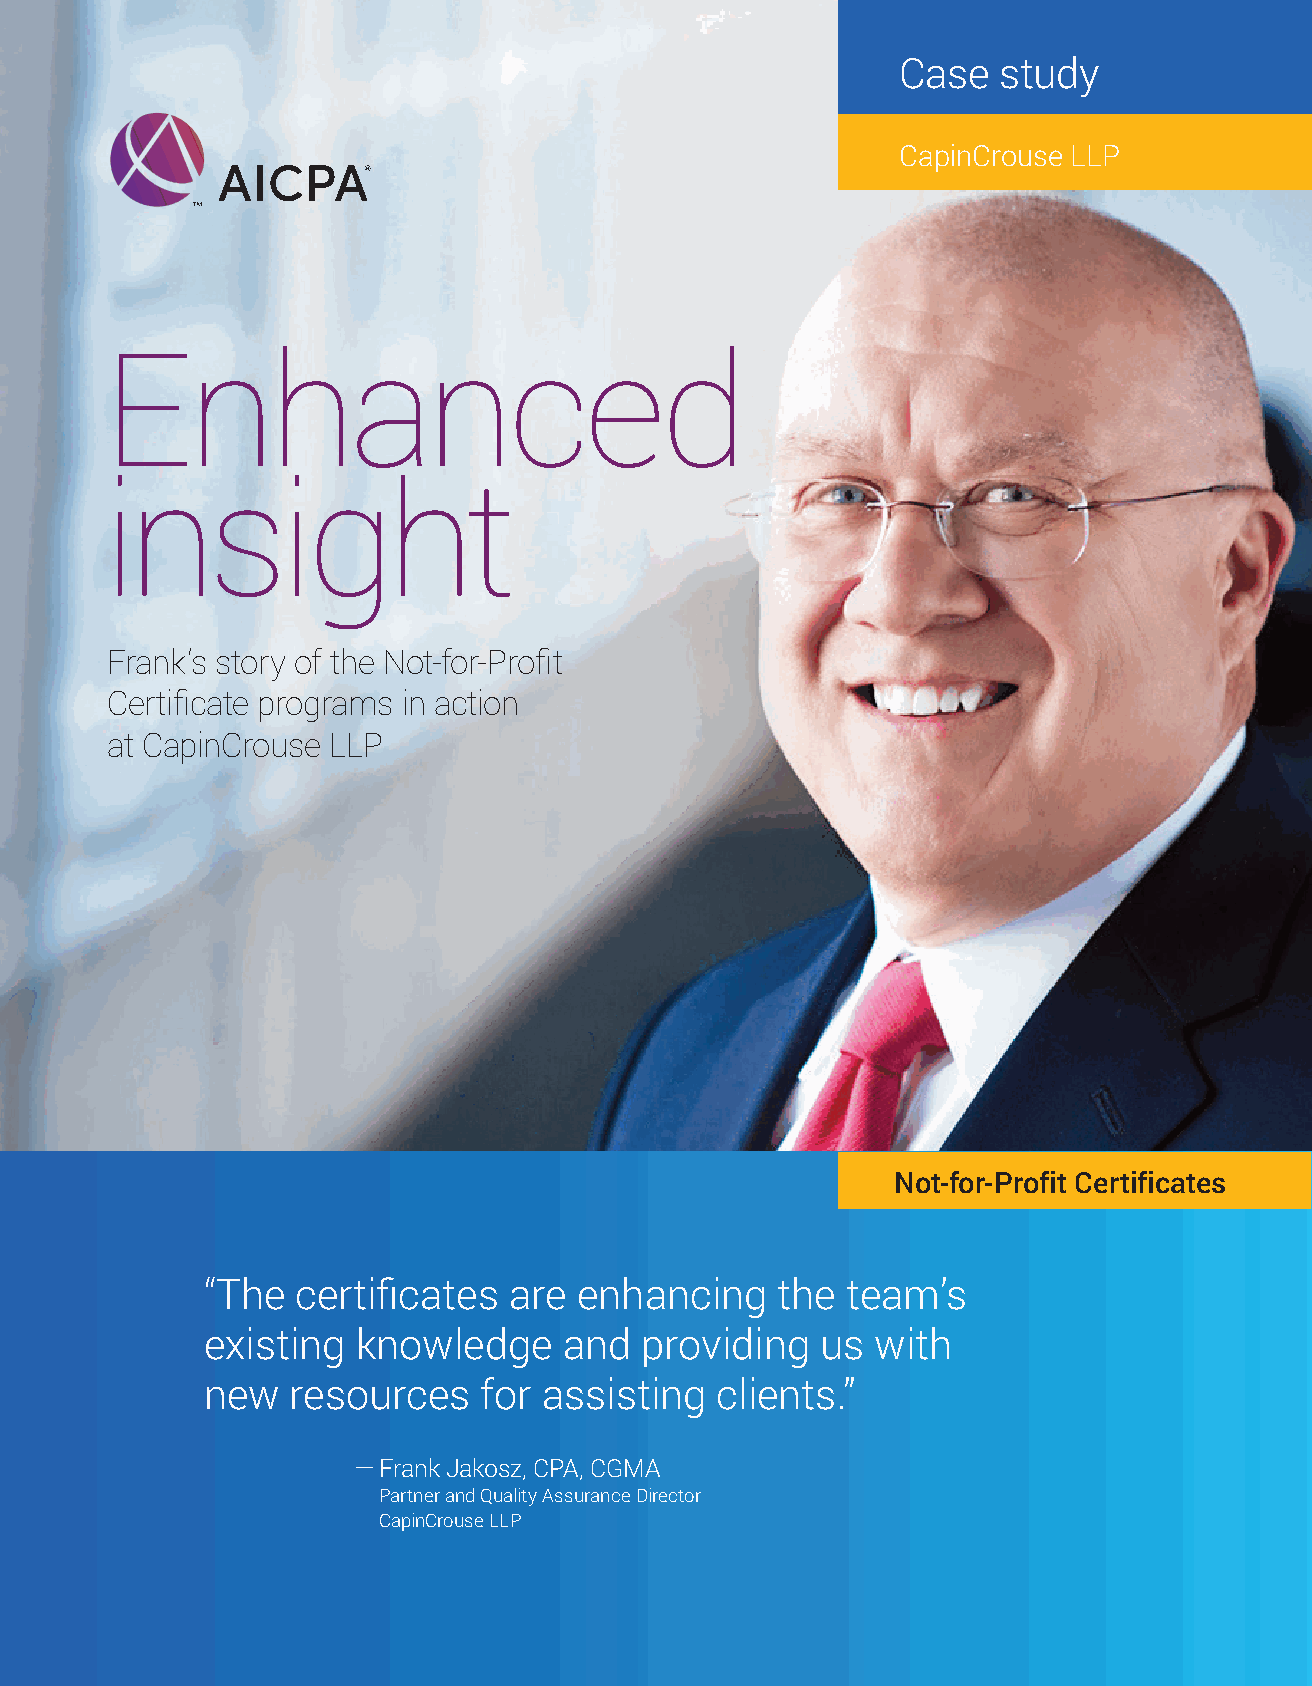
Case   study
 CapinCrouse LLP
 Enhanced
 insight
 Frank’s story of the Not-for-Profit
 Certificate programs in action
 at CapinCrouse LLP
 Not-for-Profit Certificates
 “The  certificates  are  enhancing    the  team’s
 existing  knowledge     and  providing   us  with
 new   resources    for assisting  clients.”
 — Frank Jakosz, CPA, CGMA
 Partner and Quality Assurance Director
 CapinCrouse LLP
 1806-6396 NFP Frank Jakosz-Case Study 2018.indd 1                           7/18/18 12:05 PM